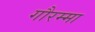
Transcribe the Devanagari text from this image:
गौरम्मा